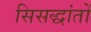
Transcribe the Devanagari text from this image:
सिसद्धांतों